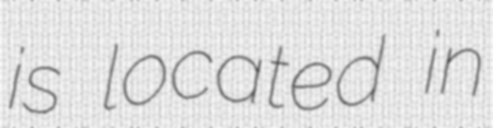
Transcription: is located in